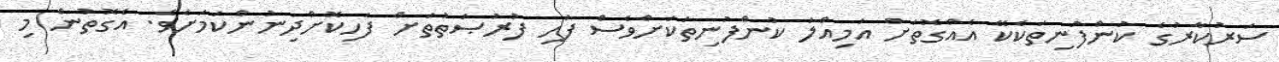
ސަރުކާރުގެ ކުންފުނިތަކެކޭ އެއްގޮތަށް އަމިއްލަ ކުންފުނިތަކަށްވެސް ފަހި ފުރުޞަތުތަށް ފަހިކޮށްދިނުންކަމަށެވެ. އެގޮތުން މި